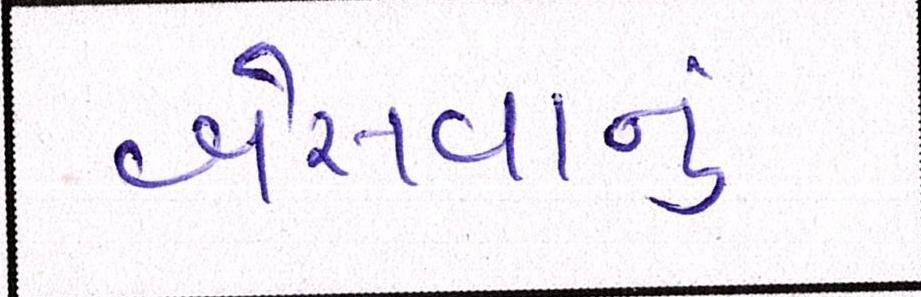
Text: બેસવાનું